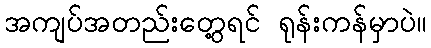
အကျပ်အတည်းတွေ့ရင် ရုန်းကန်မှာပဲ။